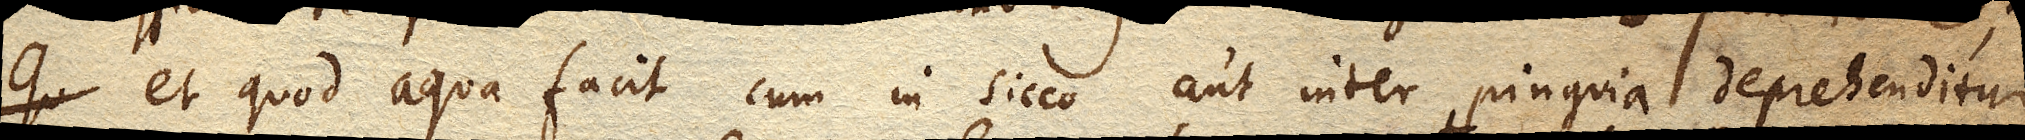
et quod aqua facit cum in sicco aut inter pinguia deprehenditur,